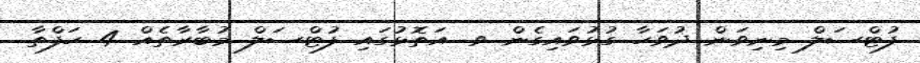
ފުޓްސަލް މިނިވަން ދުވަހާ ގުޅުވައިގެން ވ. އަތޮޅުގައި ފުޓްސަލް މުބާރާތެއް 4 ހަފްތާ